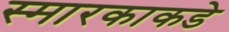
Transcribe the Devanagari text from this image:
स्मारकाकडे